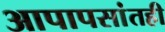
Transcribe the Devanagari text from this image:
आपापसांतही